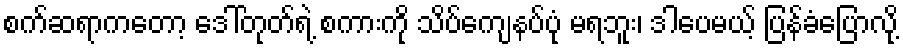
စက်ဆရာကတော့ ဒေါ်တုတ်ရဲ့ စကားကို သိပ်ကျေနပ်ပုံ မရဘူး၊ ဒါပေမယ့် ပြန်ခံပြောလို့